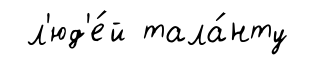
л'юд'е́й тала́нту